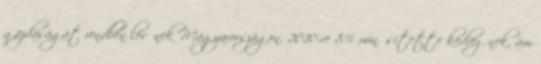
gazdaságát rendben lévőnek Magyarországon. 2010-re 8% minősítette kedvezőnek, ám